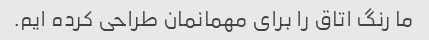
ما رنگ اتاق را برای مهمانمان طراحی کرده ایم.